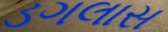
ડગલાસ